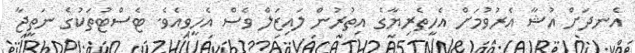
އެނދަށް އުޝާ އެރުވުމަށް އެހީތެރިޔާގެ އިތުރުން ލައިޒަލް ވެސް އެހީވިއެވެ. ޓެސްޓުތަކުގެ ނަތީޖާ